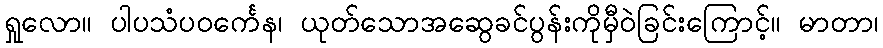
ရှုလော။ ပါပသံပဝင်္ကေန၊ ယုတ်သောအဆွေခင်ပွန်းကိုမှီဝဲခြင်းကြောင့်။ မာတာ၊